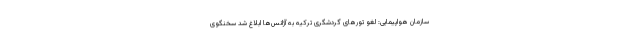
سازمان هواپیمایی: لغو تورهای گردشگری ترکیه به آژانس‌ها ابلاغ شد سخنگوی